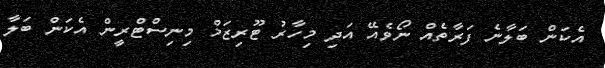
އެކަން ބަލާނެ ފަރާތެއް ނޯވެއޭ އަދި މިހާރު ޓޫރިޒަމް މިނިސްޓްރީން އެކަން ބަލާ